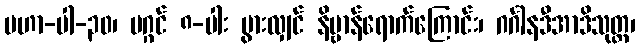
မဟာ-ပါ-၃၀၊ မဂ္ဂင် ၈-ပါး ပွားလျှင် နိဗ္ဗာန်ရောက်ကြောင်း၊ ဂင်္ဂါနဒီအာဒိသုတ္တ၊